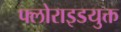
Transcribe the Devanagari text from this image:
फ्लोराइडयुक्त